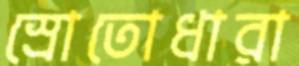
স্রোতোধারা